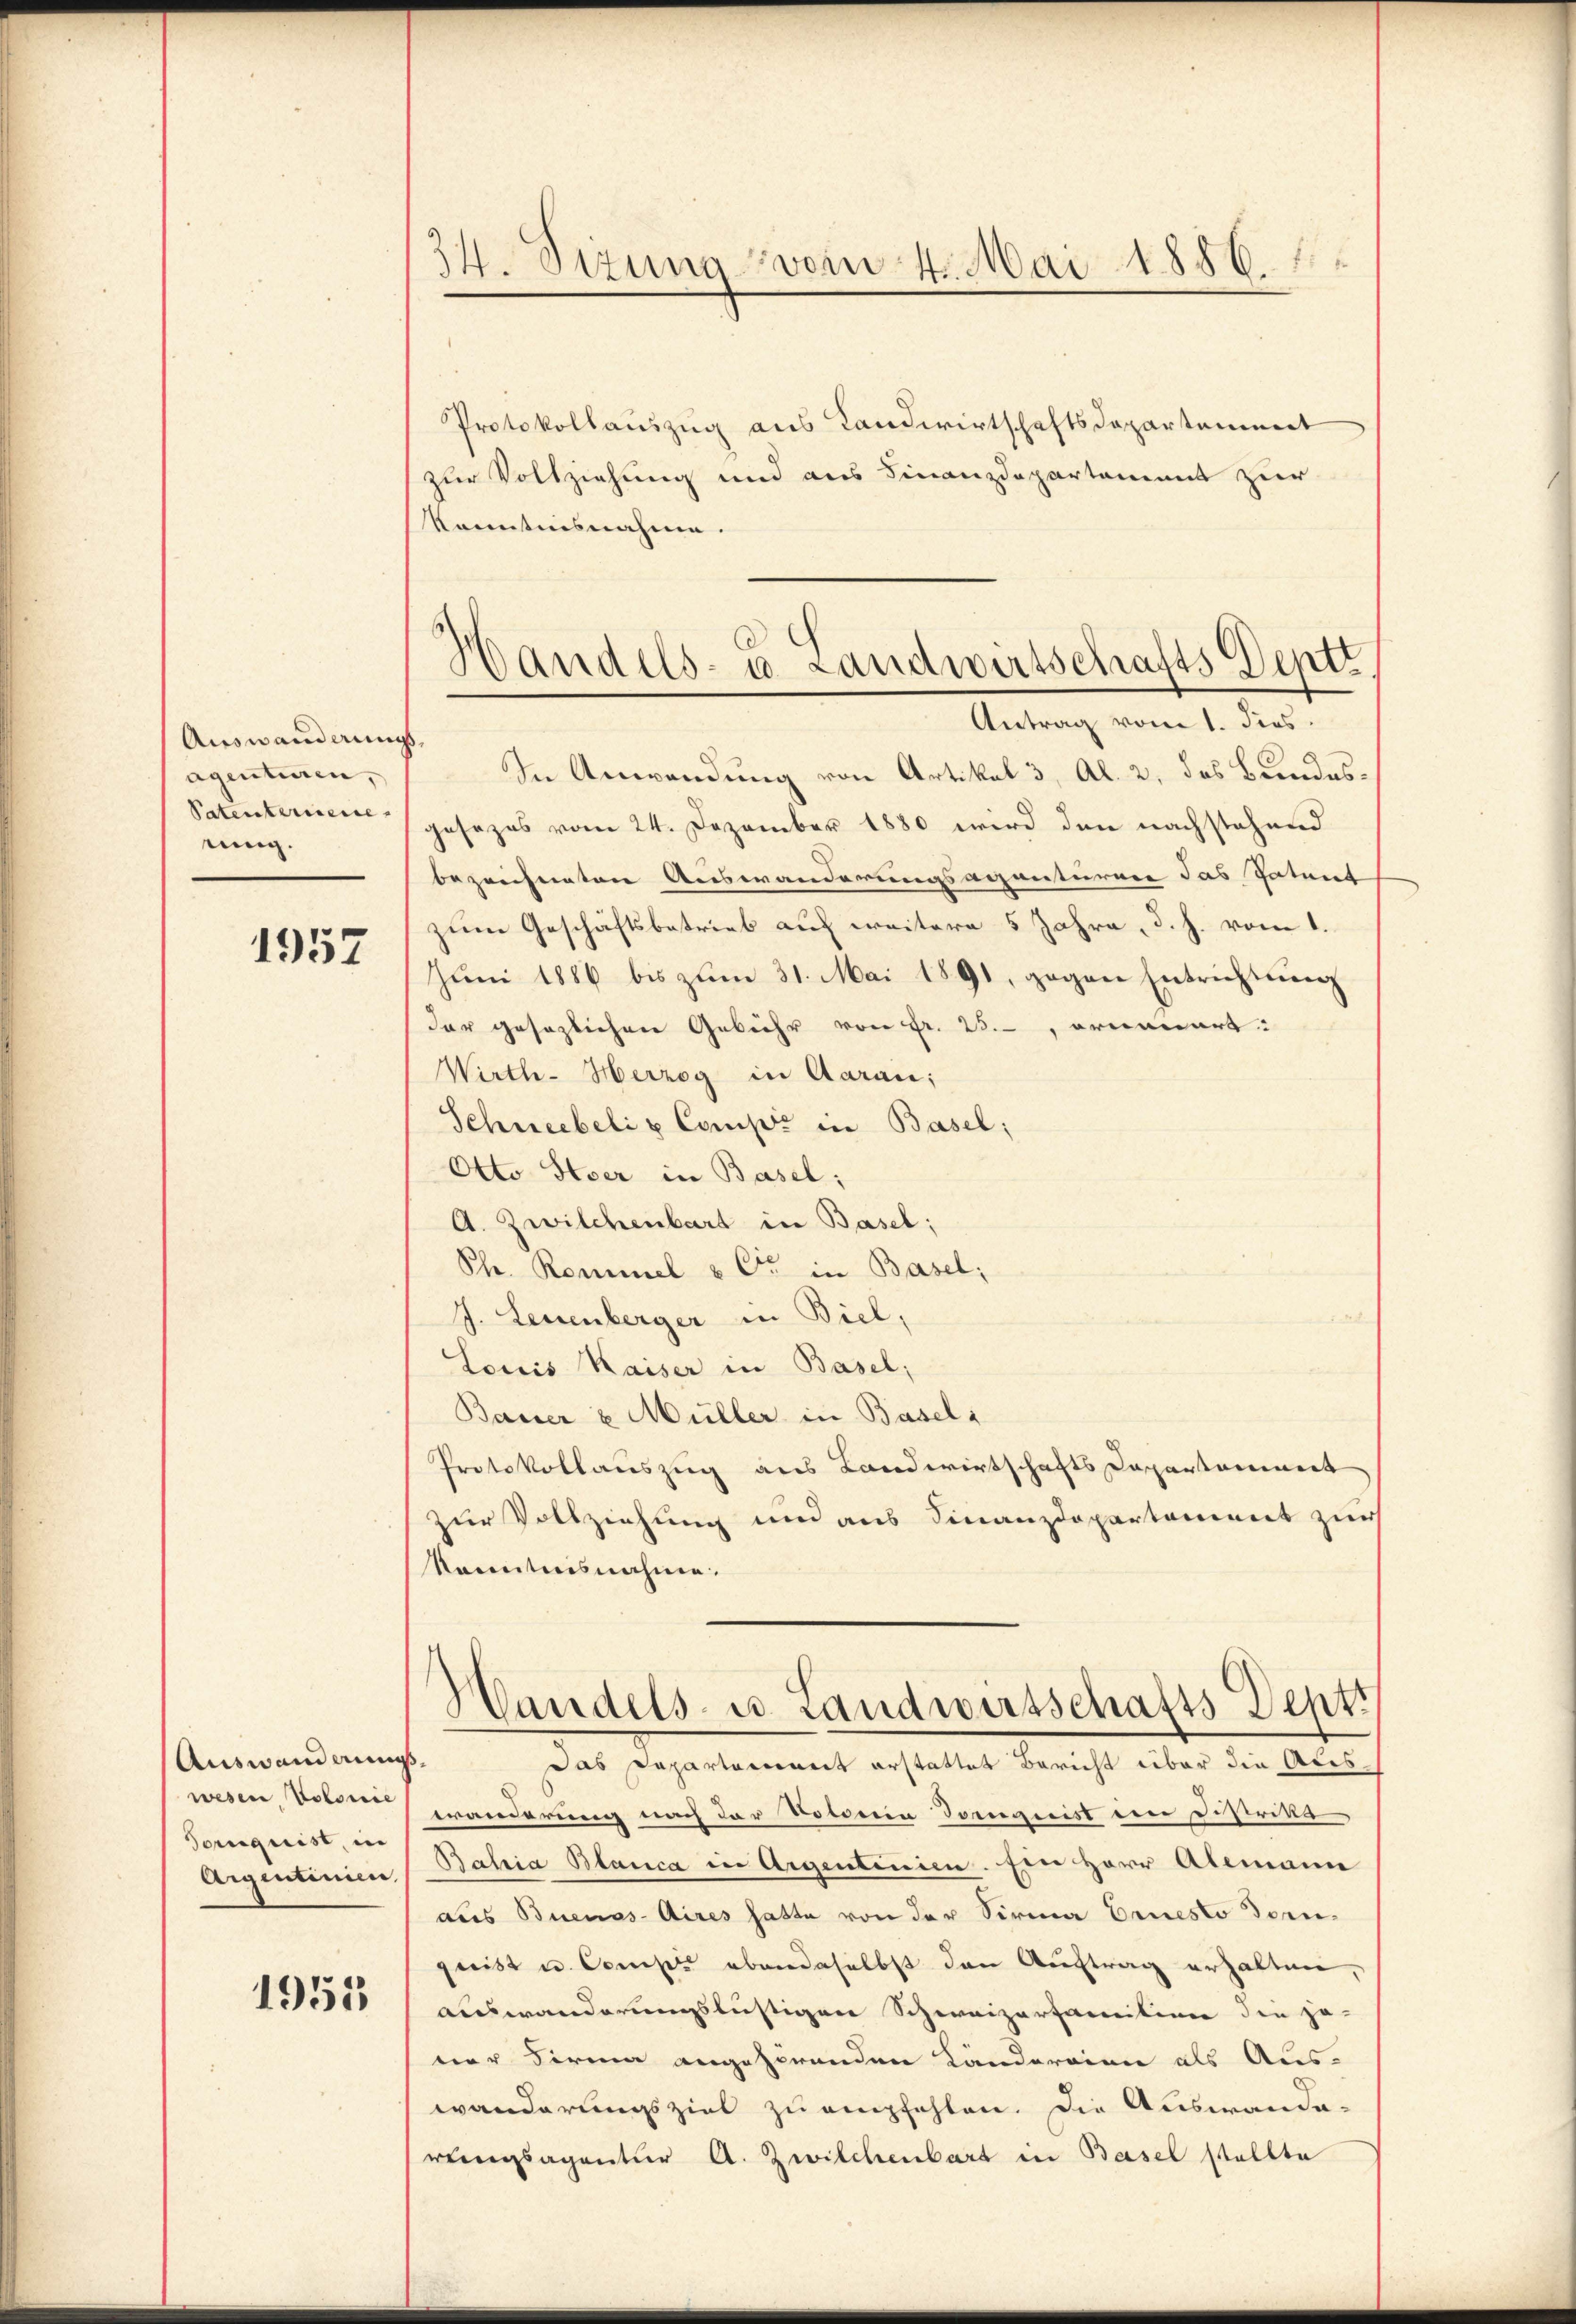
Auswanderungsagentiren,
Patenteriene
nung.

1957

Auswandlungs¬
Toruquist, in
Aigentinun

1955

24. Sizung vom 4. Mai 1856.

Protokollauszug aus Landwirtschaftsdepartement
zur Vollziehung und aus Finanzdepartament zur
kanntnisnahme.
In Anwendung von Artikal 3, Al. 2, das Bundesgesezes vom 24. Dezember 1880 wird den nachstehend
bezeichneten Auswanderungsagenturen das Patent
zum Geschäftsbetrieb auf weitere 5 Jahre, d. h. vom 1.
Jŭni 1886 bis zŭm 31. Mai 1891, gegen Entrichtŭng
dar gesezlichen Gebühr von Fr. 25, ornauert:
Wirth- Herzog in Aarau;
Schneebeli u. Comp. in Basel;
Otto Stoer in Basel;
A. Zwilchenbart in Basel;
Ph. Rommel & Cie in Basel;
J. Leuenberger in Biel,
Louis Kaiser in Basel;
Bauer u. Müller in Basels
Protokollauszug aus Landwirtschafts Dapontannert
zur Vollziehung und aus Finanzdepartement zur
kanntnisnahme.
Handels- u. Landwirtschafts Depts
Das Dapartement erstattet Bericht über die Auswesen der Veränderung nach der Notoria Dominist den Distritte
Bahia Blanca in Argentinien. Ein Herr Alemann
aus Buenos-Aires hatte von der Sirma Ernesto dom-
grist u. Compi ebendaselbst den Auftrag erhalten
Auswanderungslustigen Schweizerfamition den je-
ner Firma angehörenden Kandereien als Aus-
wanderungsziel zu empfehlen. Die Auswande-
regsagentur A. Zwilchenbart in Basel stellte

Handels- u. Landwirtschafts Deptt.
Antrag vom 1. dies